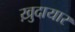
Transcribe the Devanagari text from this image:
ख़ुदायार